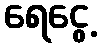
ရေငွေ့